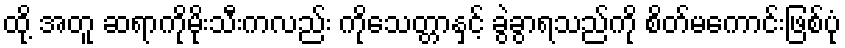
ထို့ အတူ ဆရာကိုမိုးသီးကလည်း ကိုသေတ္တာနှင့် ခွဲခွာရသည်ကို စိတ်မကောင်းဖြစ်ပုံ